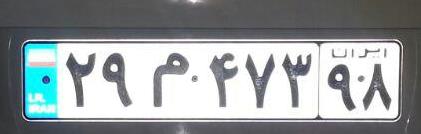
۲۹م۴۷۳۹۸